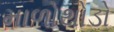
માળોથોડો